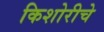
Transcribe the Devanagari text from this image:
किशोरीचे